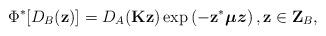
LaTeX: \begin{align*}\Phi ^{\ast }[D_{B}(\mathbf{z})]=D_{A}(\mathbf{Kz})\exp \left( -\mathbf{z}^{\ast }\boldsymbol{\mu z}\right) ,\mathbf{z}\in\mathbf{Z}_{B},\end{align*}